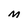
Character: M